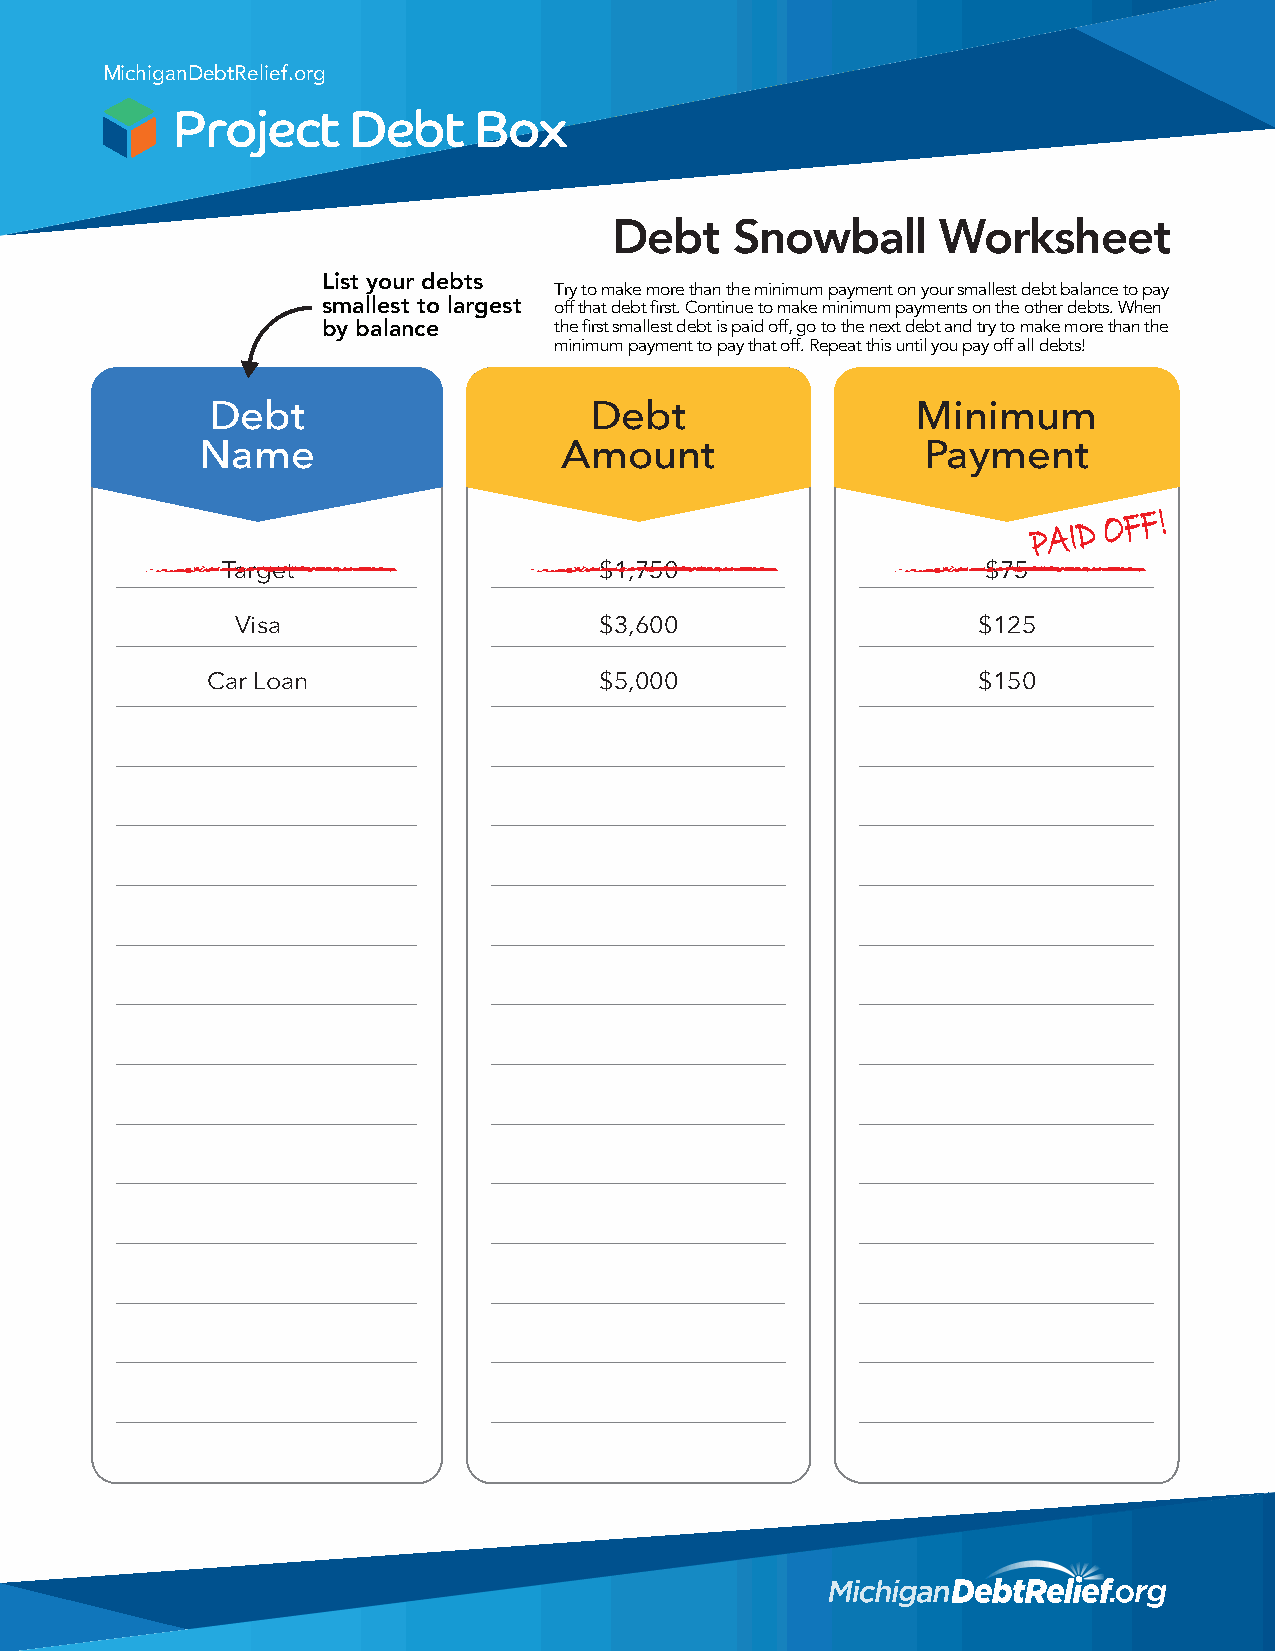
MichiganDebtRDelief.orgEBT    SNOWBALL
 Pay Off Smallest Debt First to Get the Ball Rolling!
 Debt    Snowball     Worksheet
 List your debts Try to make more than the minimum payment on your smallest debt balance to pay
 smallest to largest off that debt first. Continue to make minimum payments on the other debts. When
 by balance      the first smallest debt is paid off, go to the next debt and try to make more than the
 minimum payment to pay that off. Repeat this until you pay off all debts!
 Debt                     Debt                  Minimum
 Name                    Amount                  Payment
 P A I D O F F !
 Target                   $1,750                   $75
 Visa                    $3,600                   $125
 Car Loan                  $5,000                   $150